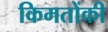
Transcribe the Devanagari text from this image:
किमतोंकी